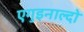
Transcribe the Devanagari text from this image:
एगुइनाल्दो